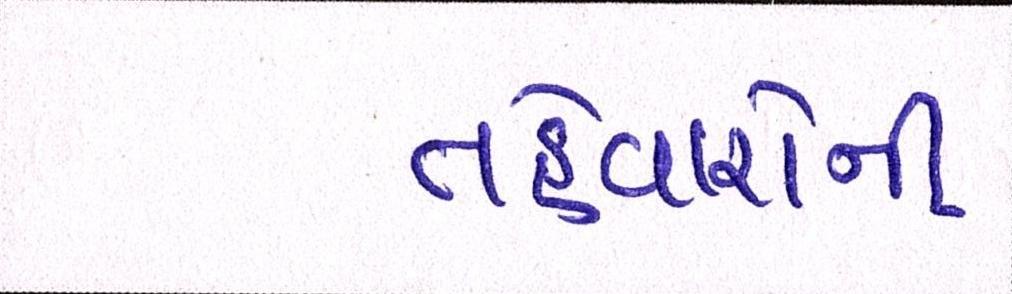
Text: તહેવારોની